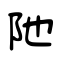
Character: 阤